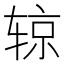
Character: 辌